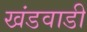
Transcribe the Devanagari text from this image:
खंडवाडी